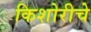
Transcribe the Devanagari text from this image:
किशोरीचे